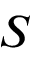
\b { S }